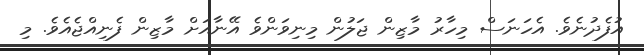
އުފެދުނެވެ. އެހަނަސް މިހާރު މާޒިން ޖަލުން މިނިވަންވެ އޭނާއަށް މާޒިން ފެނިއްޖެއެވެ. މި